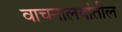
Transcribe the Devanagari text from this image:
वाचनालयांतील